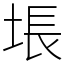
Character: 㙊